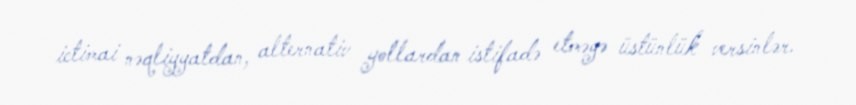
ictimai nəqliyyatdan, alternativ yollardan istifadə etməyə üstünlük versinlər.